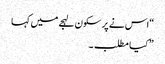
“اس نے پر سکون لہجے میں کہا
” کیا مطلب ۔